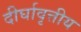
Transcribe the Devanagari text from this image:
दीर्घावृत्तीय